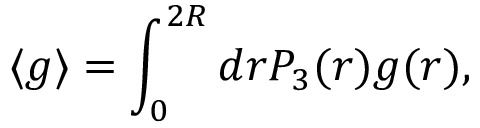
\langle g \rangle = \int _ { 0 } ^ { 2 R } d r { \cal P } _ { 3 } ( r ) g ( r ) ,